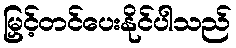
မြှင့်တင်ပေးနိုင်ပါသည်